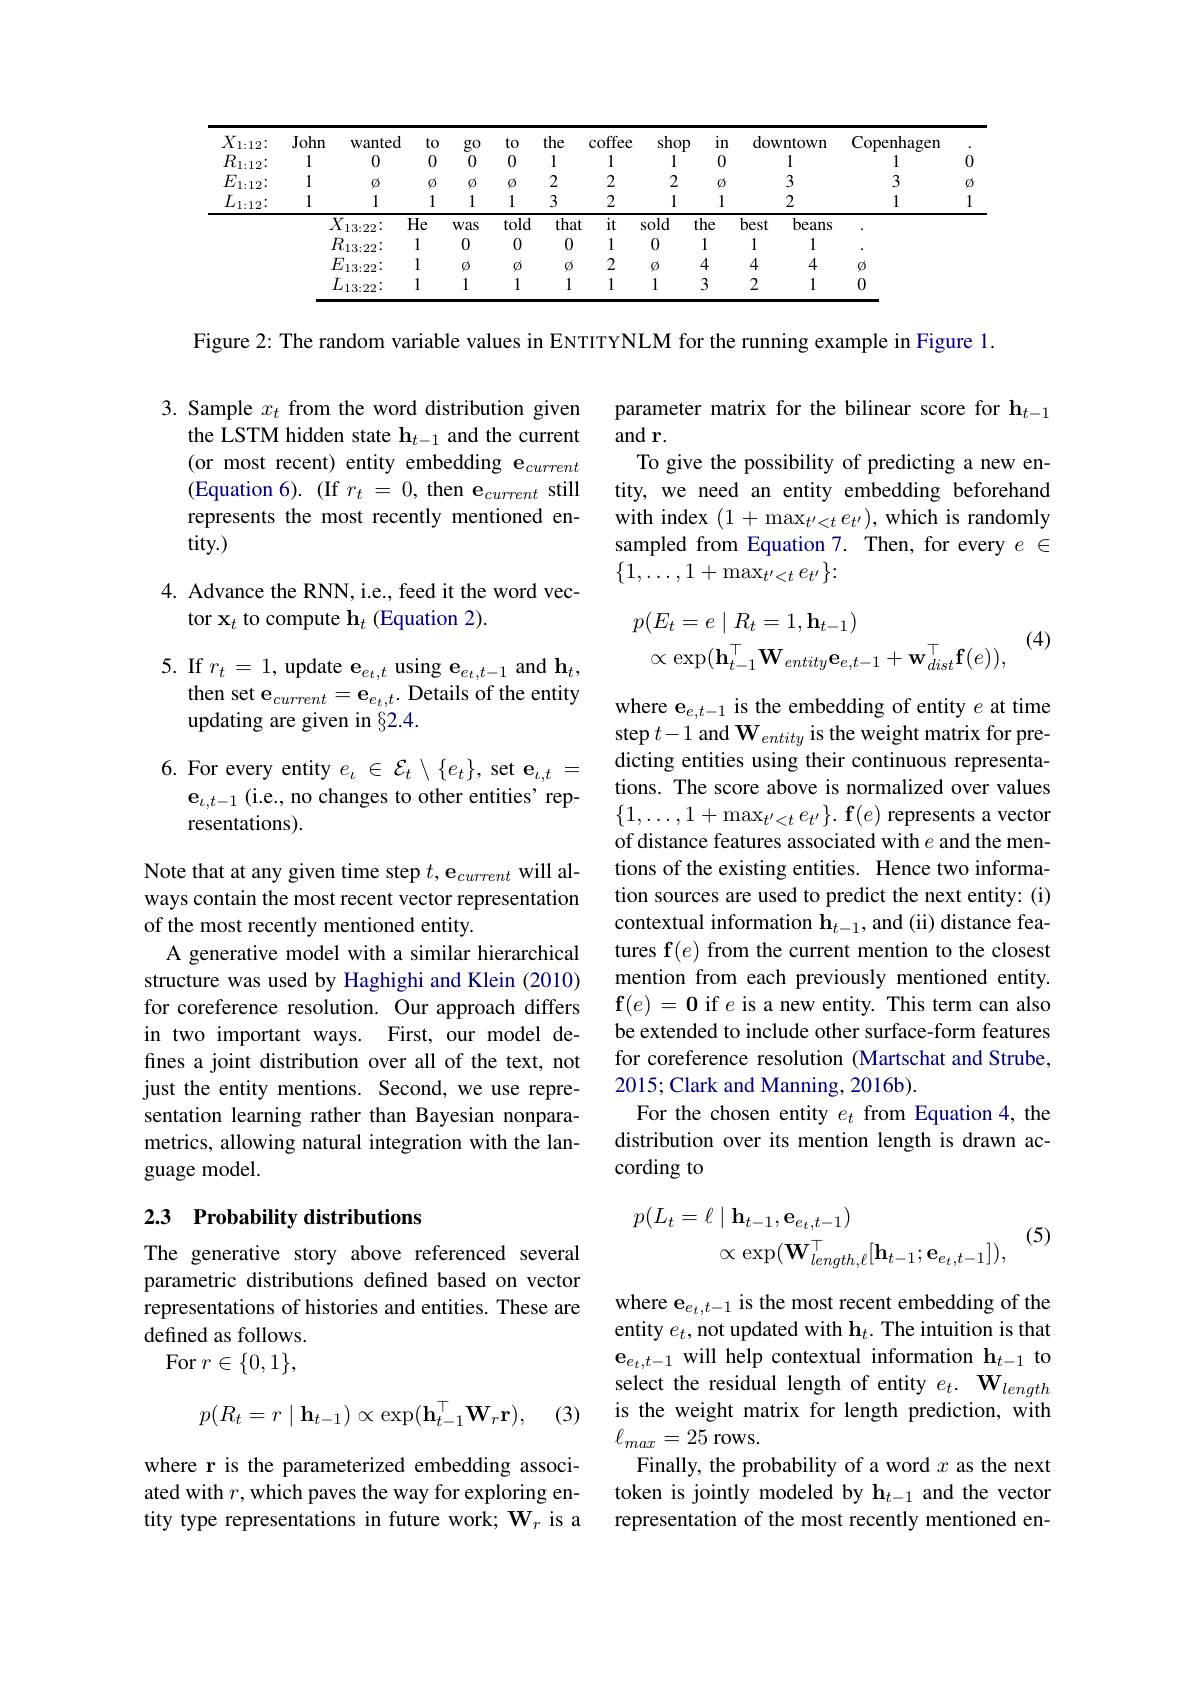
<table>
	<tbody>
		<tr>
			<th>$X_{1:12}\colon$</th>
			<th>John</th>
			<th>wanted</th>
			<th>to</th>
			<th>$g0$</th>
			<th rowspan="4">to 0 $\emptyset$ 1</th>
			<th rowspan="4">the 1 2 3</th>
			<th>coffee</th>
			<th>shop</th>
			<th>$11n$</th>
			<th>dow</th>
			<th>$v$ntown</th>
			<th>Copenhagen</th>
			<th>$\bullet$</th>
		</tr>
		<tr>
			<th>$R_{1:12}\colon$</th>
			<th>1</th>
			<th>0</th>
			<th>0</th>
			<th>0</th>
			<th>1</th>
			<th>1</th>
			<th>0</th>
			<th> </th>
			<th>1</th>
			<th>1</th>
			<th>0</th>
		</tr>
		<tr>
			<th>$E_{1:12}\colon$</th>
			<th>1</th>
			<th>$\emptyset$</th>
			<th>$\emptyset$</th>
			<th>$\emptyset$</th>
			<th>2</th>
			<th>2</th>
			<th>$\emptyset$</th>
			<th> </th>
			<th>3</th>
			<th>3</th>
			<th>$\emptyset$</th>
		</tr>
		<tr>
			<th rowspan="5">444 $\underline{L_{1:12}:}$</th>
			<th>1</th>
			<th>1</th>
			<th>1</th>
			<th>1</th>
			<th>2</th>
			<th>1</th>
			<th>1</th>
			<th> </th>
			<th>2</th>
			<th>1</th>
			<th>1</th>
		</tr>
		<tr>
			<td></td>
			<td>$l$ 13:22:</td>
			<td>He</td>
			<td>Was</td>
			<td>told</td>
			<td>that</td>
			<td>it</td>
			<td>sold</td>
			<td>the</td>
			<td>best</td>
			<td>beans</td>
			<td> </td>
			<td> </td>
		</tr>
		<tr>
			<td> </td>
			<td>$\mathbb{R}_{13:22}\colon$</td>
			<td>1</td>
			<td>0</td>
			<td>0</td>
			<td>0</td>
			<td>1</td>
			<td>0</td>
			<td>1</td>
			<td>1</td>
			<td>1</td>
			<td> </td>
			<td> </td>
		</tr>
		<tr>
			<td> </td>
			<td>$\Xi_{13:22}\vdots$</td>
			<td>1</td>
			<td>$\emptyset$</td>
			<td>$\varnothing$</td>
			<td>$\emptyset$</td>
			<td>2</td>
			<td>$\emptyset$</td>
			<td>4</td>
			<td>4</td>
			<td>4</td>
			<td>$\emptyset$</td>
			<td> </td>
		</tr>
		<tr>
			<td rowspan="1">$L_{13:22}$</td>
			<td>13:22:</td>
			<td>1</td>
			<td>1</td>
			<td>1</td>
			<td>1</td>
			<td>1</td>
			<td>1</td>
			<td>3</td>
			<td>2</td>
			<td>1</td>
			<td>0</td>
			<td> </td>
		</tr>
	</tbody>
</table>

Figure 2: The random variable values in ENTITYNLM for the running example in Figure 1.

3. Sample $x_t$ from the word distribution given the LSTM hidden state $\mathbf{h}_{t-1}$ and the current (or most recent) entity embedding $\mathbf{e}_current$ (Equation 6). (If $r_t=0$, then e$_current$ still represents the most recently mentioned entity.

parameter matrix for the bilinear score for h$_{t-1}$
and r.
To give the possibility of predicting a new entity, we need an entity embedding beforehand with index $(1+\max_{t^{\prime}<t}e_{t^{\prime}})$, which is randomly sampled from Equation 7. Then, for every $e\in$ $\{1,\ldots,1+\max_{t^{\prime}<t}e_{t^{\prime}}\}\colon$

4. Advance the RNN, i.e., feed it the word vec-
tor $\mathbf{x}_t$ to compute $\mathbf{h}_t$ (Equation 2).

(4)
$$\begin{aligned}&p(E_{t}=e\mid R_{t}=1,\mathbf{h}_{t-1})\\&\propto\exp(\mathbf{h}_{t-1}^{\top}\mathbf{W}_{entity}\mathbf{e}_{e,t-1}+\mathbf{w}_{dist}^{\top}\mathbf{f}(e)),\end{aligned}$$
5. If $r_t=1$, update $\mathbf{e}_{e_{t,t}}$ using $\mathbf{e}_{e_{t,t-1}}$ and $\mathbf{h}_t$,
then set $\mathbf{e}_{current}=\mathbf{e}_{e_{t},t}.$ Details of the entity
updating are given in $\S2.4.$

6. For every entity $e_\iota\in\mathcal{E}_t\setminus\{e_t\}$, set $\mathbf{e}_\iota,t=$
$\mathbf{e}_{\iota,t-1}$ (i.e., no changes to other entities' rep-
resentations).

where e$\mathrm{e}_{e,t-1}$ is the embedding of entity $e$ at time step $t-1$ and $\mathbf{W}_entity$ is the weight matrix for predicting entities using their continuous representations. The score above is normalized over values $\{ 1, \ldots , 1+ \max _{t^{\prime }< t}e_{t^{\prime }}\} . \textbf{f}( e)$ represents a vector of distance features associated with $e$ and the mentions of the existing entities. Hence two information sources are used to predict the next entity: (i) contextual information $\mathbf{h}_{t-1}$, and (ii) distance features f$(e)$ from the current mention to the closest mention from each previously mentioned entity. $\textbf{f}( e) = \textbf{0 if }e$ is a new entity. This term can also be extended to include other surface-form features for coreference resolution (Martschat and Strube, 2015;Clark and Manning, 2016b).
For the chosen entity $e_t$ from Equation 4, the distribution over its mention length is drawn according to

Note that at any given time step $t,\mathbf{e}_{current}$ will always contain the most recent vector representation of the most recently mentioned entity.
A generative model with a similar hierarchical structure was used by Haghighi and Klein (2010) for coreference resolution. Our approach differs in two important ways. First, our model defines a joint distribution over all of the text, not just the entity mentions. Second, we use representation learning rather than Bayesian nonparametrics, allowing natural integration with the language model.

### 2.3 Probability distributions
$$\begin{aligned}p(L_{t}=\ell\mid\mathbf{h}_{t-1},\mathbf{e}_{e_{t},t-1})\\\propto\exp(\mathbf{W}_{length,\ell}^{\top}[\mathbf{h}_{t-1};\mathbf{e}_{e_{t},t-1}]),\end{aligned}$$
(5)

The generative story above referenced several parametric distributions defined based on vector representations of histories and entities. These are defined as follows. For$r\in\{0,1\}$,
$$p(R_{t}=r\mid\mathbf{h}_{t-1})\propto\exp(\mathbf{h}_{t-1}^{\top}\mathbf{W}_{r}\mathbf{r}),$$
(3)

where e$e_{e_{t},t-1}$ is the most recent embedding of the entity $e_t$, not updated with h$_t.$ The intuition is that $\mathbf{e}_{e_t,t-1}$ will help contextual information $\mathbf{h}_t-1$ to select the residual length of entity $e_t.\textbf{W}_{length}$ is the weight matrix for length prediction, with $\ell_{max}=25$ rows.
Finally, the probability of a word $x$ as the next token is jointly modeled by h$_t-1$ and the vector representation of the most recently mentioned en-

where r is the parameterized embedding associated with $r$, which paves the way for exploring entity type representations in future work; $\mathbf{W}_{r}$ is a